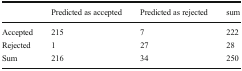
<table><thead><tr><td></td><td><b>Predicted as accepted</b></td><td><b>Predicted as rejected</b></td><td><b>sum</b></td></tr></thead><tbody><tr><td>Accepted</td><td>215</td><td>7</td><td>222</td></tr><tr><td>Rejected</td><td>1</td><td>27</td><td>28</td></tr><tr><td>Sum</td><td>216</td><td>34</td><td>250</td></tr></tbody></table>